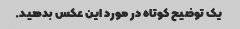
یک توضیح کوتاه در مورد این عکس بدهید.